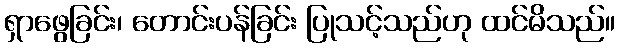
ရှာဖွေခြင်း၊ တောင်းပန်ခြင်း ပြုသင့်သည်ဟု ထင်မိသည်။